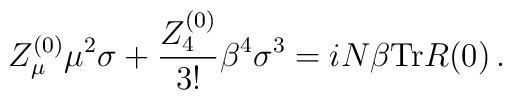
Z^{(0)}_{\mu}\mu^2\sigma + \frac{Z^{(0)}_4}{3!}\beta^4\sigma^3 = iN\beta{\rm Tr}R(0)\,.